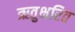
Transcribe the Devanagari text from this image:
ऋतुक्षरित